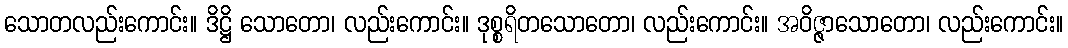
သောတလည်းကောင်း။ ဒိဋ္ဌိ သောတော၊ လည်းကောင်း။ ဒုစ္စရိတသောတော၊ လည်းကောင်း။ အဝိဇ္ဇာသောတော၊ လည်းကောင်း။